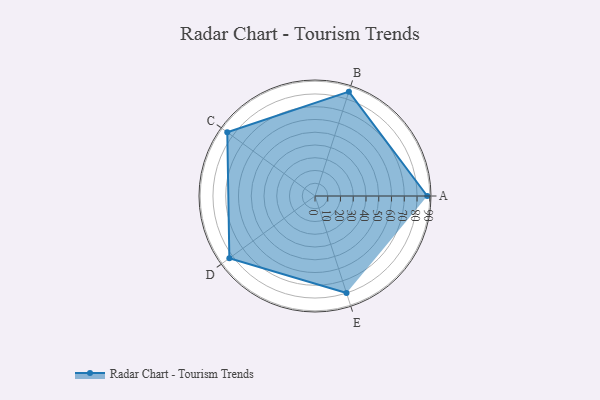
{"axis": {"x": "Skill", "y": "Score"}, "legend": ["Profile"], "data": [{"x": "A", "y": 88.0, "type": "Profile"}, {"x": "B", "y": 86.0, "type": "Profile"}, {"x": "C", "y": 85.0, "type": "Profile"}, {"x": "D", "y": 83.0, "type": "Profile"}, {"x": "E", "y": 80.0, "type": "Profile"}]}